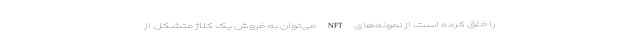
را خلق کرده است. از نمونه‌های NFT می‌توان به فروش یک کلاژ متشکل از